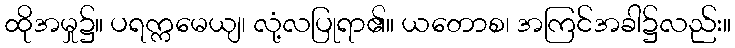
ထိုအမှု၌။ ပရက္ကမေယျ၊ လုံ့လပြုရာ၏။ ယတောစ၊ အကြင်အခါ၌လည်း။